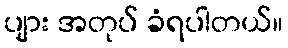
ပျား အတုပ် ခံရပါတယ်။